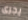
يجرى